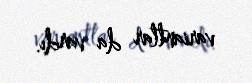
variantlar da vardı.